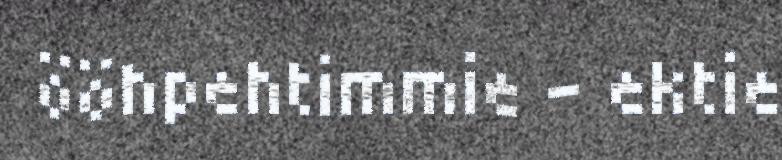
ööhpehtimmie – ektie